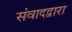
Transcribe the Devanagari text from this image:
संवादद्वारा